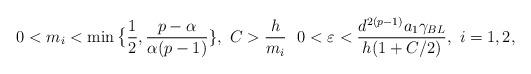
LaTeX: \begin{align*}&0 < m_i < \min\big\{\dfrac{1}{2},\dfrac{p-\alpha}{\alpha(p-1)}\},\ C > \dfrac{h}{m_i}\ \ 0 < \varepsilon < \dfrac{d^{2(p-1)}a_1\gamma_{BL}}{h(1+C/2)}, \ i=1,2, \end{align*}